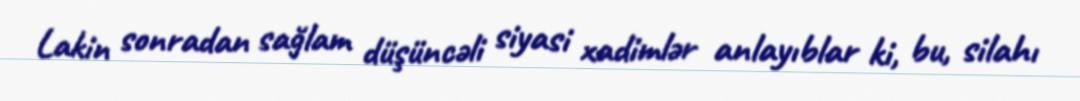
Lakin sonradan sağlam düşüncəli siyasi xadimlər anlayıblar ki, bu, silahı